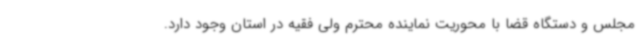
مجلس و دستگاه قضا با محوریت نماینده محترم ولی فقیه در استان وجود دارد.